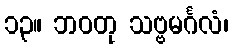
၁၃။ ဘဝတု သဗ္ဗမင်္ဂလံ၊